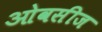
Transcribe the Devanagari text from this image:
ओवसीज